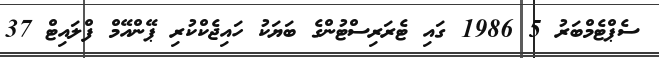
ސެޕްޓެމްބަރު 5 1986 ގައި ޓެެރަރިސްޓުންގެ ބަޔަކު ހައިޖެކްކުރި ޕޭންއޭމް ފްލައިޓް 37